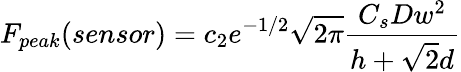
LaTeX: F_{peak}(sensor)=c_{2}e^{-1/2}\sqrt{2\pi}\frac{C_{s}Dw^{2}}{h+\sqrt{2}d}